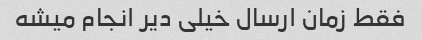
فقط زمان ارسال خیلی دیر انجام میشه